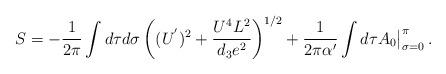
LaTeX: \begin{align*}S = - {1 \over 2 \pi} \int d\tau d\sigma \left((U^{'})^2 +\frac{U^4 L^2}{d_3 e^2}\right)^{1/2}+ {1 \over 2 \pi \alpha'} \int d\tau A_0\big\vert_{\sigma=0}^\pi \,.\end{align*}